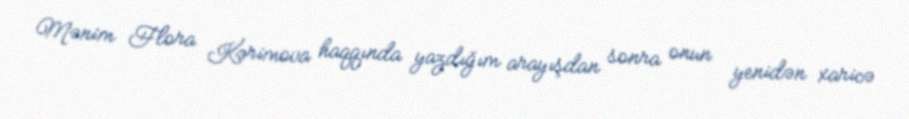
Mənim Flora Kərimova haqqında yazdığım arayışdan sonra onun yenidən xaricə